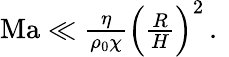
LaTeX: \begin{array}{r}{\mathrm{Ma}\ll\frac{\eta}{\rho_{0}\chi}\Big(\frac{R}{H}\Big)^{2}\, .\ }\end{array}